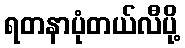
ရတနာပုံတယ်လီပို့